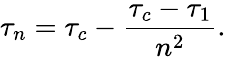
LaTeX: \tau_{n}=\tau_{c}-\frac{\tau_{c}-\tau_{1}}{n^{2}}.